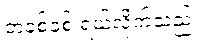
တခစ်ခစ် ရယ်လိုက်သည်။